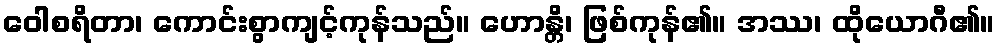
ဝေါစရိတာ၊ ကောင်းစွာကျင့်ကုန်သည်။ ဟောန္တိ၊ ဖြစ်ကုန်၏။ အဿ၊ ထိုယောဂီ၏။